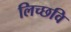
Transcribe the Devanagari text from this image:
लिच्‍छवि